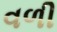
વળી